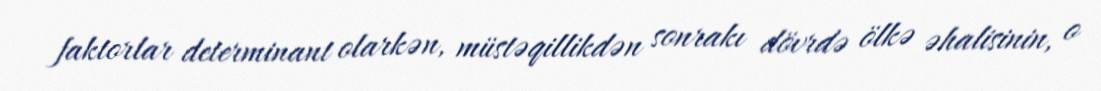
faktorlar determinant olarkən, müstəqillikdən sonrakı dövrdə ölkə əhalisinin, o